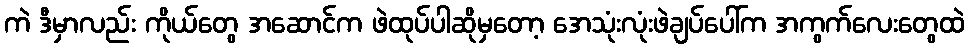
ကဲ ဒီမှာလည်း ကိုယ်တွေ အဆောင်က ဖဲထုပ်ပါဆိုမှတော့ အေသုံးလုံးဖဲချပ်ပေါ်က အကွက်လေးတွေထဲ